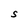
Character: S